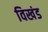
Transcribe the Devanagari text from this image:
विखंड